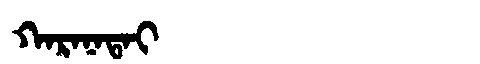
Manchu: ᡴᠠᡵᠠᠨᠠᡨᠠᡳ
Romanization: KARANATAI